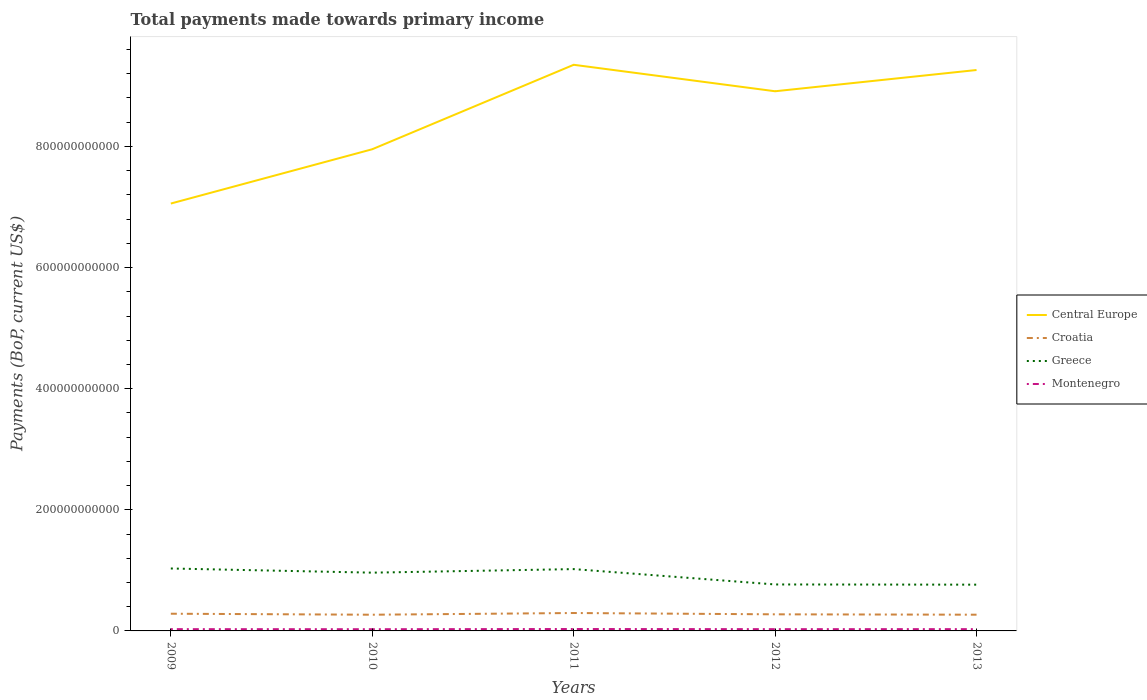
| Years | Central Europe | Croatia | Greece | Montenegro |
 | --- | --- | --- | --- | --- |
 | 2009 | 7.06e+11 | 2.84e+10 | 1.03e+11 | 2.93e+09 |
 | 2010 | 7.95e+11 | 2.67e+10 | 9.62e+10 | 2.83e+09 |
 | 2011 | 9.35e+11 | 2.96e+10 | 1.02e+11 | 3.15e+09 |
 | 2012 | 8.91e+11 | 2.74e+10 | 7.67e+10 | 2.92e+09 |
 | 2013 | 9.26e+11 | 2.68e+10 | 7.64e+10 | 2.94e+09 |